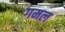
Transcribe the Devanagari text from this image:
गमल